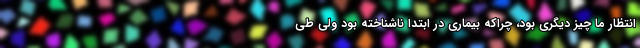
انتظار ما چیز دیگری بود، چراکه بیماری در ابتدا ناشناخته بود ولی طی